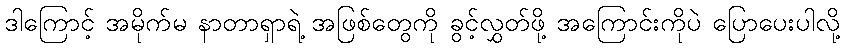
ဒါကြောင့် အမိုက်မ နာတာရှာရဲ့ အဖြစ်တွေကို ခွင့်လွှတ်ဖို့ အကြောင်းကိုပဲ ပြောပေးပါလို့